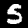
Label: 5